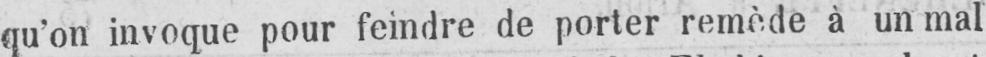
qu’on invoque pour feindre de porter remède à un mal